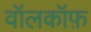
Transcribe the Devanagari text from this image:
वॉलकॉफ़